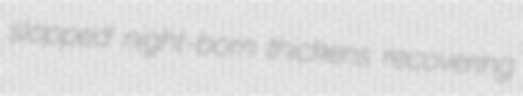
slopped night-born thickens recovering